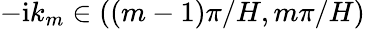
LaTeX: {-\mathrm{i}k_{m}\in((m-1)\pi/H,m\pi/H)}